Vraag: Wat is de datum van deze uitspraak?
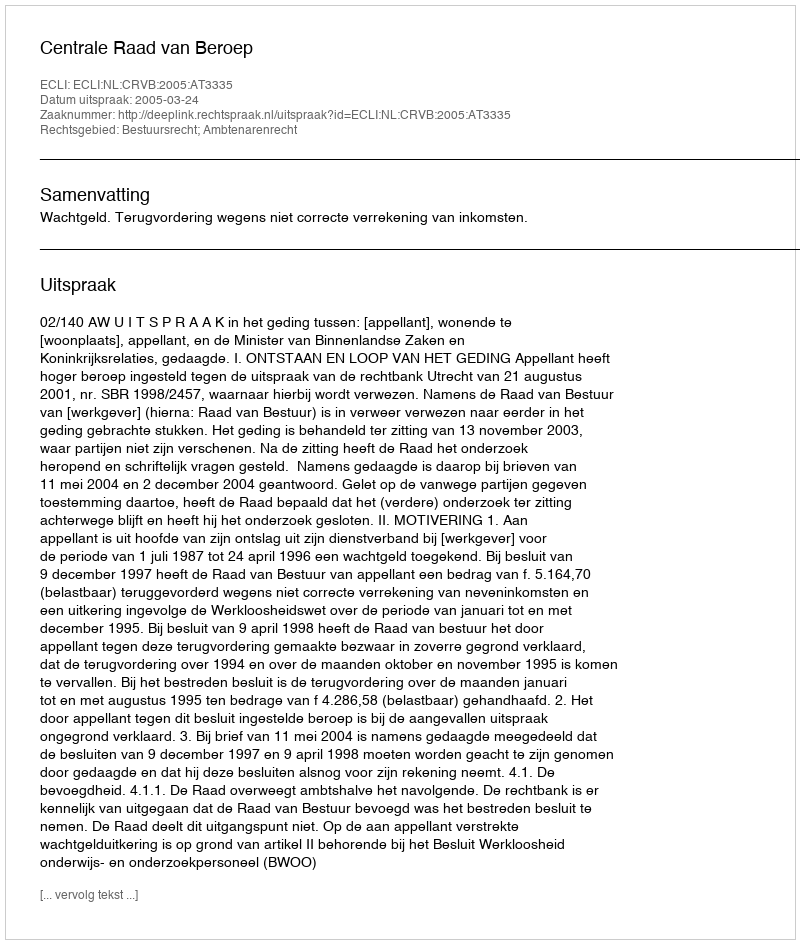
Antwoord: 2005-03-24